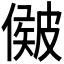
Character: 𥀃